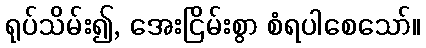
ရုပ်သိမ်း၍, အေးငြိမ်းစွာ စံရပါစေသော်။